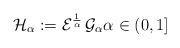
LaTeX: \begin{align*}\mathcal{H}_{\alpha}:=\mathcal{E}^{\frac{1}{\alpha}}\,\mathcal{G}_{\alpha}\alpha\in(0,1]\end{align*}